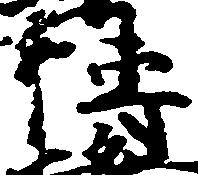
伝